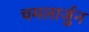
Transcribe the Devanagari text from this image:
चमलार्जुन